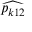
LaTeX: \widehat { p _ { k 1 2 } }